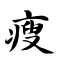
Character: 瘦